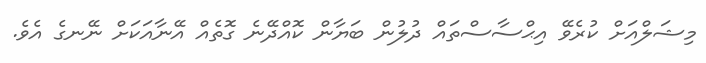
މިޝަލްއަށް ކުރެވޭ އިޙްސާސްތައް ދުލުން ބަޔާން ކޮއްދޭނެ ގޮތެއް އޭނާއަކަށް ނޭނގެ އެވެ.